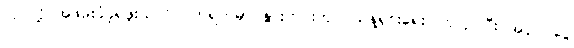
လုပ်လို့ အဖမ်းခံခဲ့ရဖူးသလို ပိတ်ရက်မှာ နွားတင်းကုပ် သန့်ရှင်းရေး ဝင်လုပ်ပြီး အပိုဝင်ငွေ